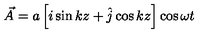
\vec { A } = a \left[ i \sin k z + \hat { j } \cos k z \right] \cos \omega t